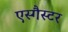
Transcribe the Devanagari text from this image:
एस्गैस्टर